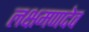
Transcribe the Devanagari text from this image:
लक्षमणदेव